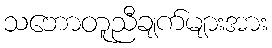
သဘောတူညီချက်များအား